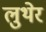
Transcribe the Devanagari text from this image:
लुथेर